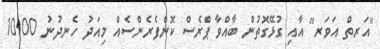
"އަރތް އަވަރ" އާއި ގުޅޭގޮތުން ބާއްވާ ޕްރެސް ކޮންފެރެންސެއް މިއަދު ހެނދުނު 10:00